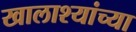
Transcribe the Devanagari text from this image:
खालाश्यांच्या